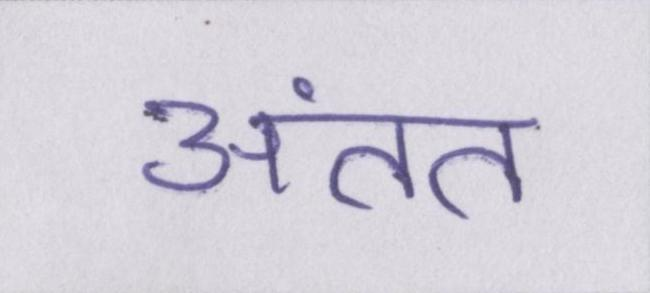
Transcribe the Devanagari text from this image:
अंतत